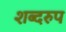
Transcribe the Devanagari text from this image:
शब्दरुप